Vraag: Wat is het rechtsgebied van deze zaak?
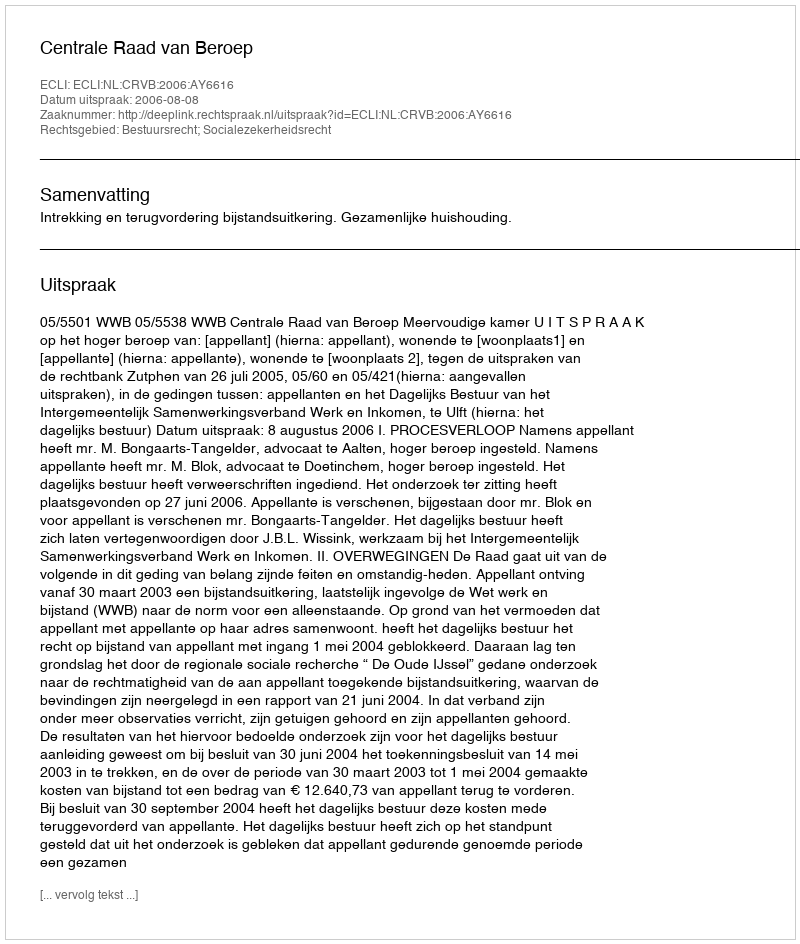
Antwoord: Bestuursrecht; Socialezekerheidsrecht